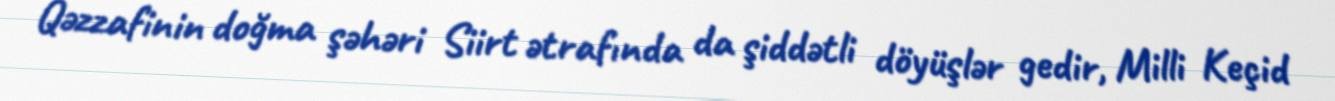
Qəzzafinin doğma şəhəri Siirt ətrafında da şiddətli döyüşlər gedir, Milli Keçid